Vaccination North-Western Provinces and Oudh 1878-1895 - 1878-1895
Year: 1878
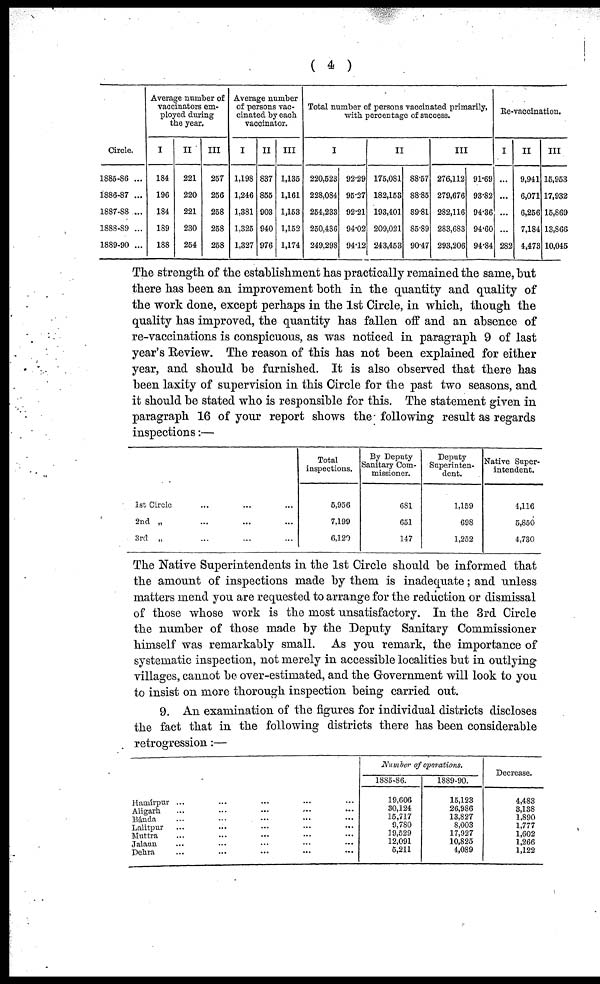
( 4 )
Circle.
1885-86 ...
1886-87 ...
1887-88 ...
1888-89 ...
1889-90 ...
Average number of
vaccinators em-
ployed during
the year.
I
184
196
184
189
188
II
221
220
221
230
254
III
257
256
258
258
258
Average number
of persons vac-
cinated by each
vaccinator.
I
1,198
1,246
1,381
1,325
1,327
II
837
855
903
940
976
III
1,135
1,161
1,153
1,152
1,174
Total number of persons vaccinated primarily,
with percentage of success.
I
220,523
228,084
254,233
250,436
249,298
92.29
95.27
92.21
94.02
94.12
II
175,081
182,153
193,401
209,021
243,453
88.57
88.85
89.81
85.89
90.47
III
276,112
279,676
282,116
283,683
293,206
91.69
93.82
94.36
94.60
94.84
Re-vaccination.
I
...
...
...
...
282
II
9,941
6,071
6,256
7,184
4,473
III
15,953
17,932
15,869
13,866
10,045
The strength of the establishment has practically remained the same, but
there has been an improvement both in the quantity and quality of
the work done, except perhaps in the 1st Circle, in which, though the
quality has improved, the quantity has fallen off and an absence of
re-vaccinations is conspicuous, as was noticed in paragraph 9 of last
year's Review. The reason of this has not been explained for either
year, and should be furnished. It is also observed that there has
been laxity of supervision in this Circle for the past two seasons, and
it should be stated who is responsible for this. The statement given in
paragraph 16 of your report shows the following result as regards
inspections:—
1st Circle ... ... ...
2nd „ ... ... ...
3rd „ ... ... ...
Total
inspections.
5,956
7,199
6,120
By Deputy
Sanitary Com-
missioner.
681
651
147
Deputy
Superinten-
dent.
1,159
698
1,252
Native Super-
intendent.
4,116
5,850
4,730
The Native Superintendents in the 1st Circle should be informed that
the amount of inspections made by them is inadequate ; and unless
matters mend you are requested to arrange for the reduction or dismissal
of those whose work is the most unsatisfactory. In the 3rd Circle
the number of those made by the Deputy Sanitary Commissioner
himself was remarkably small. As you remark, the importance of
systematic inspection, not merely in accessible localities but in outlying
villages, cannot be over-estimated, and the Government will look to you
to insist on more thorough inspection being carried out.
9. An examination of the figures for individual districts discloses
the fact that in the following districts there has been considerable
retrogression:—
Hamírpur ... ... ... ... ...
Aligarh ... ... ... ... ...
Bánda ... ... ... ... ...
Lalitpur ... ... ... ... ...
Muttra ... ... ... ... ...
Jalaun ... ... ... ... ...
Dehra ... ... ... ... ...
Number of operations.
1885-86.
19,606
30,124
15,717
9,780
19,529
12,091
5,211
1889-90.
15,123
26,986
13,827
8,003
17,927
10,825
4,089
Decrease.
4,483
3,138
1,890
1,777
1,602
1,266
1,122